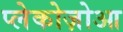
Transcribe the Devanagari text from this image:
प्लेकोज़ोआ